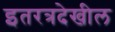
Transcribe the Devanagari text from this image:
इतरत्रदेखील